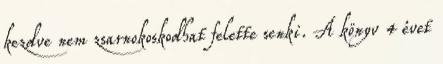
kezdve nem zsarnokoskodhat felette senki. A könyv 4 évet